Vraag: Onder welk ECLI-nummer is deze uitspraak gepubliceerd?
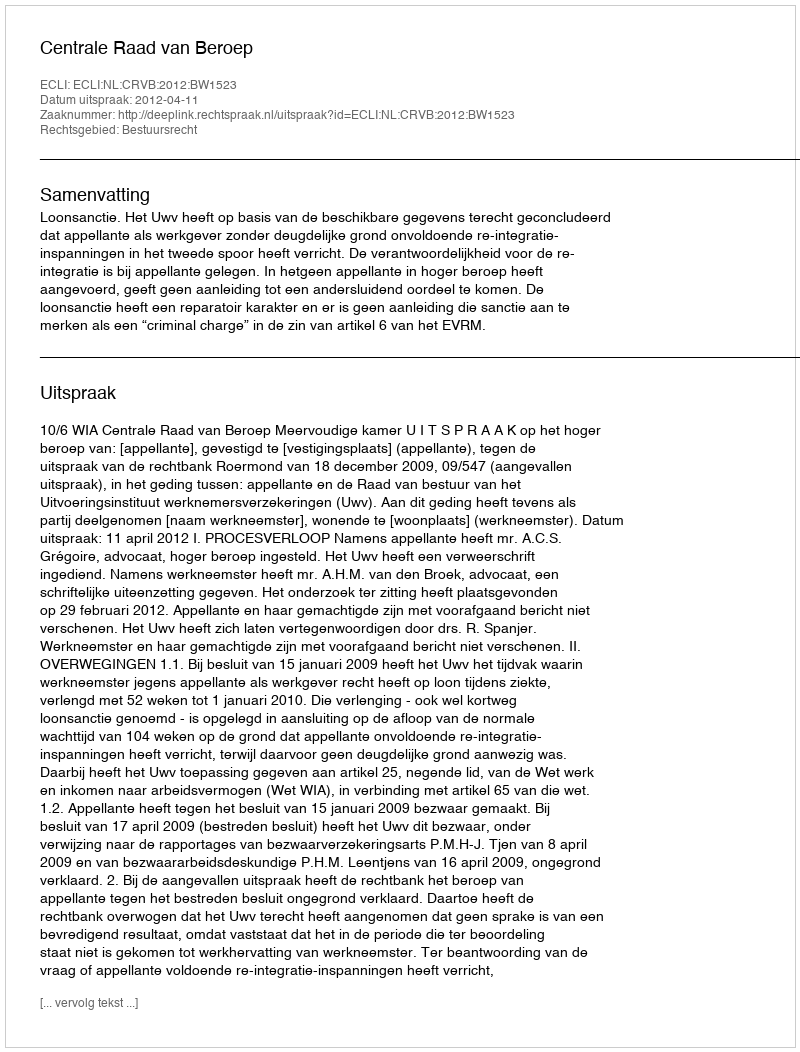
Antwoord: ECLI:NL:CRVB:2012:BW1523